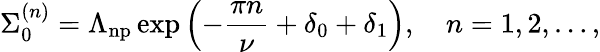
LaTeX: \Sigma_{0}^{(n)}=\Lambda_{\mathrm{np}}\exp\left(-\frac{\pi n}{\nu}+\delta_{0}+\delta_{1}\right),\quad n=1,2,\dots,